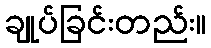
ချုပ်ခြင်းတည်း။